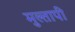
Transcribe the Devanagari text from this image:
मुल्तापी